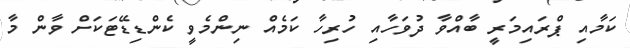
ކަމާއި ޕްރައިމަރީ ބާއްވާ ދުވަހާއި ހުރިހާ ކަމެއް ނިންމެވީ ކެންޑިޑޭޓަކަށް ވާން މާ